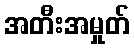
အတီးအမှုတ်